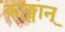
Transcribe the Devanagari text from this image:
काङ्सान्